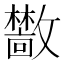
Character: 𫿣